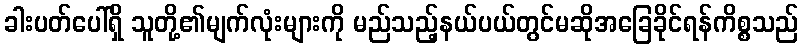
ခါးပတ်ပေါ်ရှိ သူတို့၏မျက်လုံးများကို မည်သည့်နယ်ပယ်တွင်မဆိုအခြေခိုင်ရန်ကိစ္စသည်